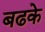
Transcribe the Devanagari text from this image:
बढके